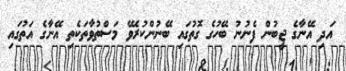
އަދި އޭނާގެ ޖީބުން ފެނުނު ބޭހުގެ ގޮތުގައި ބޭނުންކުރެވޭ މަސްތުވާތަކެތި އޭނާގެ އަތުގައި